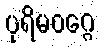
ပုရိမဝဂ္ဂေ